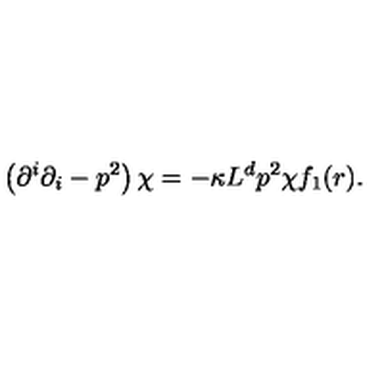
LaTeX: \left( \partial ^ { i } \partial _ { i } - p ^ { 2 } \right) \chi = - \kappa L ^ { d } p ^ { 2 } \chi f _ { 1 } ( r ) .